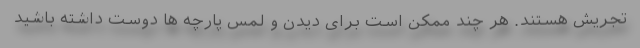
تجریش هستند. هر چند ممکن است برای دیدن و لمس پارچه ها دوست داشته باشید